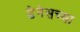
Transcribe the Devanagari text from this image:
डेनेसच्या